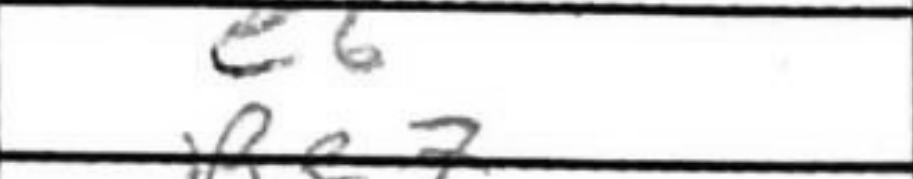
Transcription: e6